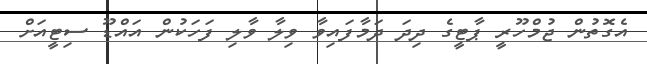
އެގޮތުން ޖުމްހޫރީ ޕާޓީގެ ދިދަ ދަމާފައިވާ ވިލާ ވާލި ފަހަކުން އައްޑޫ ސިޓީއަށް